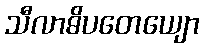
သီလာဓိပတေယျော